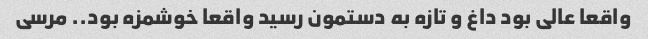
واقعا عالی بود داغ و تازه به دستمون رسید واقعا خوشمزه بود.. مرسی